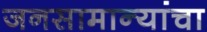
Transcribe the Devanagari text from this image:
जनसामान्यांचा